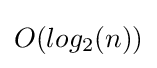
O(log_{2}(n))